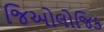
જિઓલોજિક